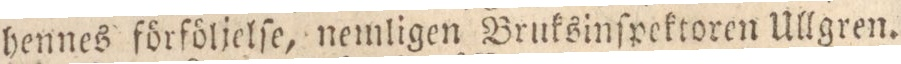
hennes förföljelſe, nemligen Bruksinſpektoren Ullgren.